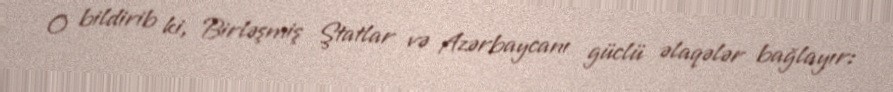
O bildirib ki, Birləşmiş Ştatlar və Azərbaycanı güclü əlaqələr bağlayır: